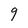
Character: 9